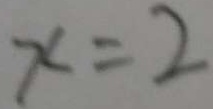
x = 2